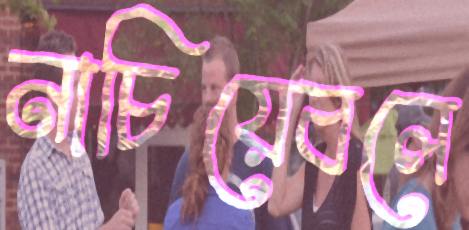
নাচিয়েবলে